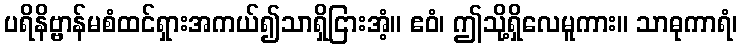
ပရိနိဗ္ဗာန်မစံထင်ရှားအကယ်၍သာရှိငြားအံ့။ ဧဝံ၊ ဤသို့ရှိလေမူကား။ သာဓုကာရံ၊